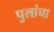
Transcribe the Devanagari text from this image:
पुलांचा